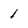
Character: 1